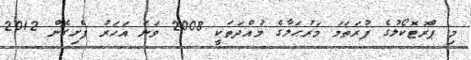
މި ޕްރޮޓޮކޯލުގެ ފުރަތަމަ މަރުޙަލާގެ މުއްދަތަކީ 2008 ވަނަ އަހަރު ފެށިގެން 2012